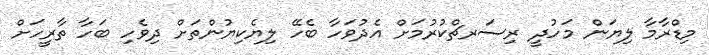
މިޑްރާމާ ލިޔަން މަހުދީ ރިސަރޗްކުރުމަށް އެދުވަހާ ބެހޭ ލިޔެކިޔުންތަށް ދިވެހި ބަހާ ތާރީހަށް